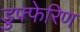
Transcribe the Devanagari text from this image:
डुफ्फेरिण